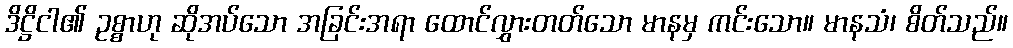
ဒိဋ္ဌိငါ၏ ဥစ္စာဟု ဆိုအပ်သော အခြင်းအရာ ထောင်လွှားတတ်သော မာနမှ ကင်းသော။ မာနသံ၊ စိတ်သည်။